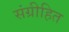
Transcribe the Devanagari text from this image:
संग्रीहित